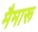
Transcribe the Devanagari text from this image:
मैमारू